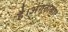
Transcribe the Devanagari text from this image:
है।अंगूठाकार